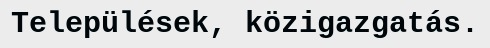
Települések, közigazgatás.